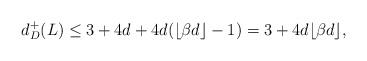
LaTeX: \begin{align*}d^+_D(L)\leq 3+4d+4d(\lfloor \beta d\rfloor-1) = 3+4d\lfloor \beta d\rfloor,\end{align*}